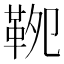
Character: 𩊁